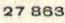
27 863